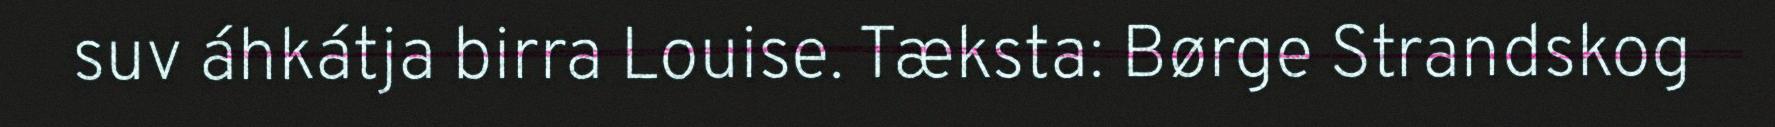
suv áhkátja birra Louise. Tæksta: Børge Strandskog